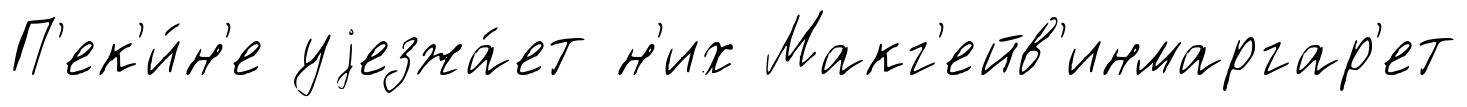
П'ек'и́н'е уjезжа́ет н'их Макг'ейв'инмаргар'ет